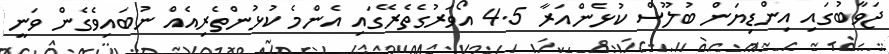
ޖަވާބުގައި އިންޑިޔަން ބުލޫސް ކުޅެންއަރާ 4.5 އޯވަރުގެތެރޭގައި އެންމެ ކުޅުންތެރިއެއް ނުބައިވެގެން ވަނީ